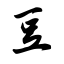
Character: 豆